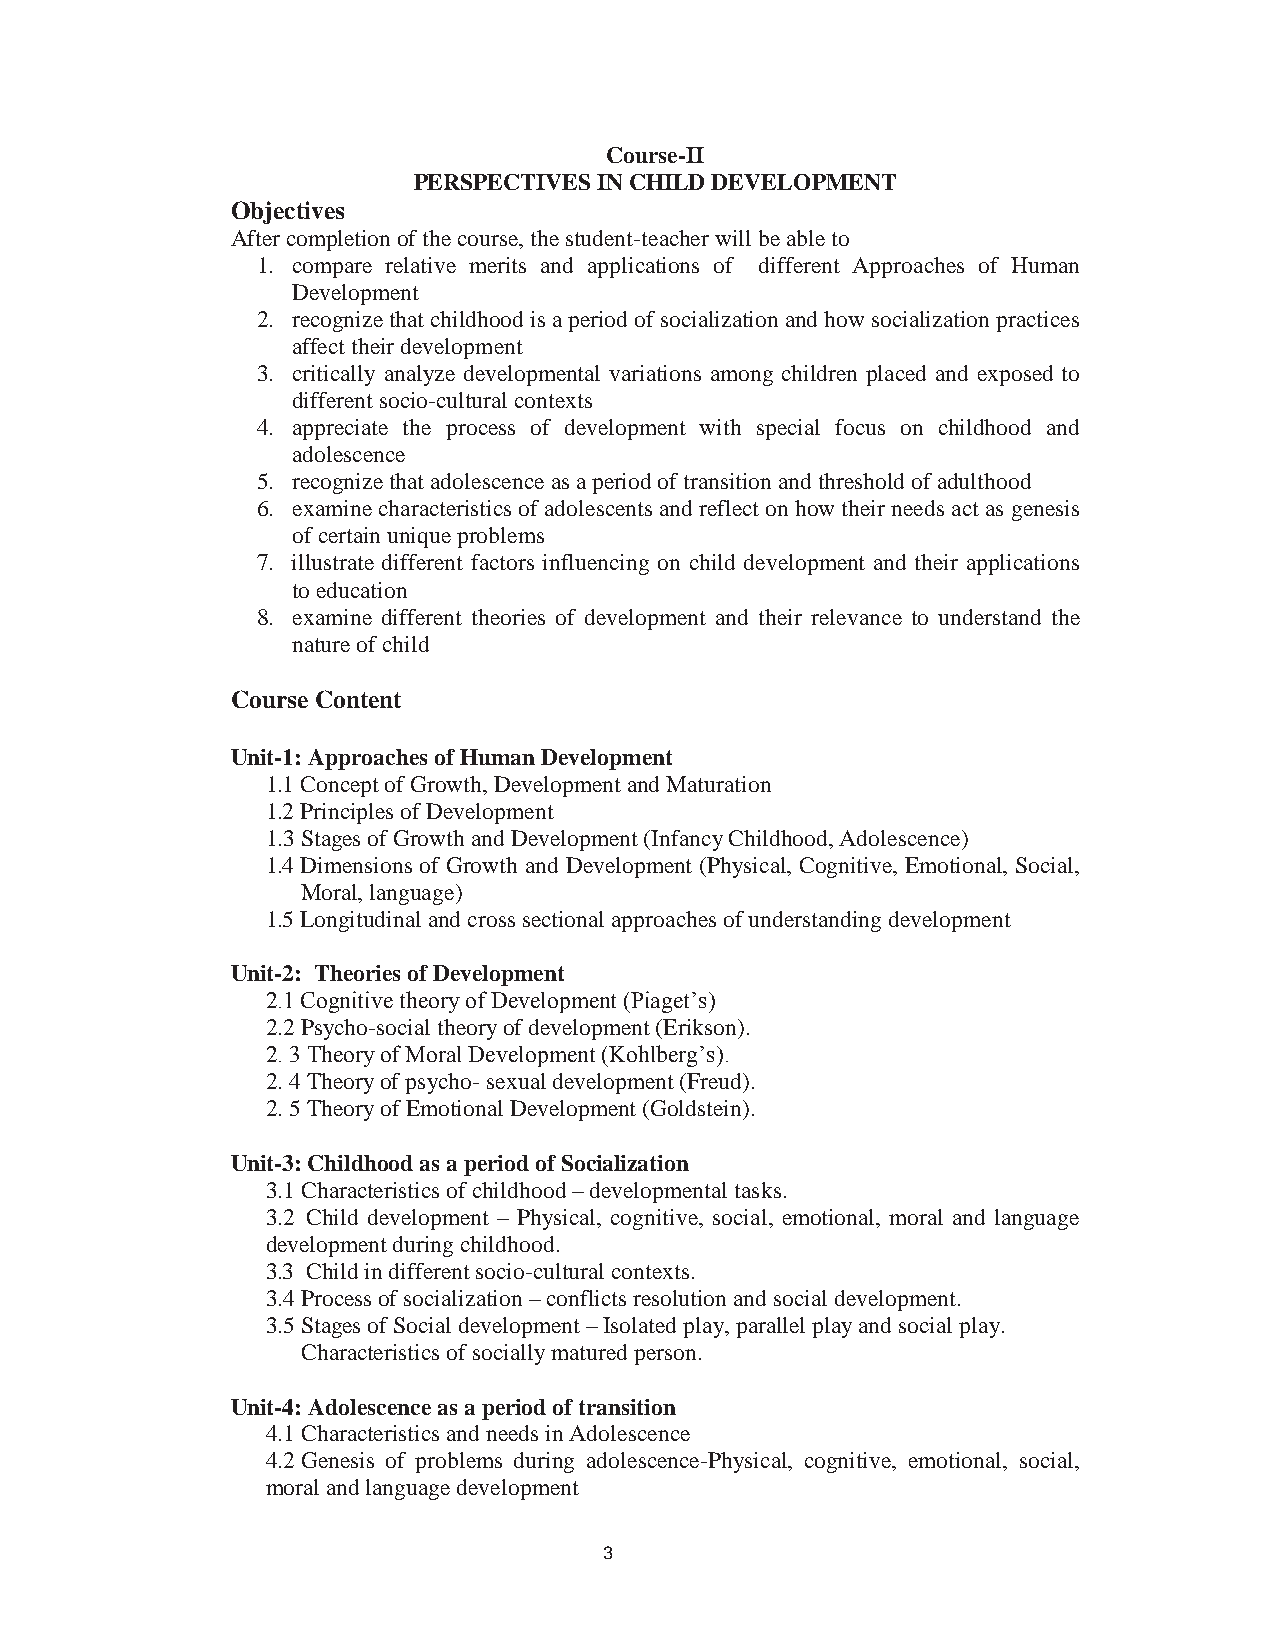
5
 Course-II
 PERSPECTIVES IN CHILD DEVELOPMENT
 Objectives
 After completion of the course, the student-teacher will be able to
 1. compare relative merits and applications of different Approaches of Human
 Development
 2. recognize that childhood is a period of socialization and how socialization practices
 affect their development
 3. critically analyze developmental variations among children placed and exposed to
 different socio-cultural contexts
 4. appreciate the process of development with special focus on childhood and
 adolescence
 5. recognize that adolescence as a period of transition and threshold of adulthood
 6. examine characteristics of adolescents and reflect on how their needs act as genesis
 of certain unique problems
 7. illustrate different factors influencing on child development and their applications
 to education
 8. examine different theories of development and their relevance to understand the
 nature of child
 Course Content
 Unit-1: Approaches of Human Development
 1.1Concept of Growth, Development and Maturation
 1.2Principles of Development
 1.3Stages of Growth and Development (Infancy Childhood, Adolescence)
 1.4Dimensions of Growth and Development (Physical, Cognitive, Emotional, Social,
 Moral, language)
 1.5Longitudinal and cross sectional approaches of understanding development
 Unit-2: Theories of Development
 2.1 Cognitive theory of Development (Piaget’s)
 2.2 Psycho-social theory of development (Erikson).
 2. 3 Theory of Moral Development (Kohlberg’s).
 2. 4 Theory of psycho- sexual development (Freud).
 2. 5 Theory of Emotional Development (Goldstein).
 Unit-3: Childhood as a period of Socialization
 3.1Characteristics of childhood – developmental tasks.
 3.2 Child development – Physical, cognitive, social, emotional, moral and language
 development during childhood.
 3.3 Child in different socio-cultural contexts.
 3.4Process of socialization – conflicts resolution and social development.
 3.5Stages of Social development – Isolated play, parallel play and social play.
 Characteristics of socially matured person.
 Unit-4: Adolescence as a period of transition
 4.1Characteristics and needs in Adolescence
 4.2Genesis of problems during adolescence-Physical, cognitive, emotional, social,
 moral and language development
 3